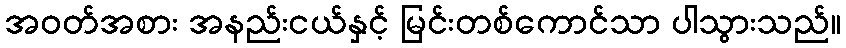
အဝတ်အစား အနည်းငယ်နှင့် မြင်းတစ်ကောင်သာ ပါသွားသည်။